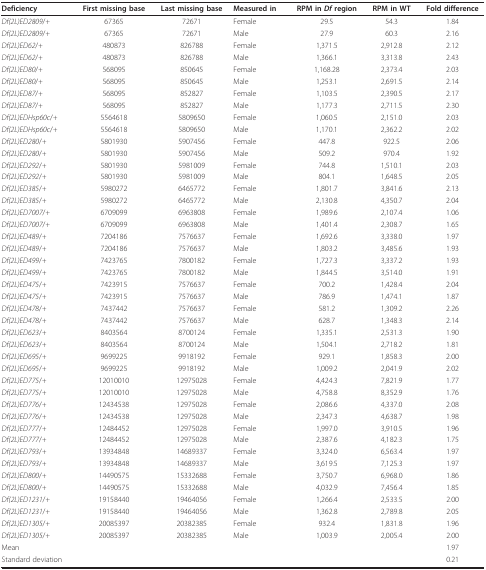
<table><thead><tr><td><b>Deficiency</b></td><td><b>First missing base</b></td><td><b>Last missing base</b></td><td><b>Measured in</b></td><td><b>RPM in <i>Df </i>region</b></td><td><b>RPM in WT</b></td><td><b>Fold difference</b></td></tr></thead><tbody><tr><td><i>Df(2L)ED2809</i>/<i>+</i></td><td>67365</td><td>72671</td><td>Female</td><td>29.5</td><td>54.3</td><td>1.84</td></tr><tr><td><i>Df(2L)ED2809</i>/<i>+</i></td><td>67365</td><td>72671</td><td>Male</td><td>27.9</td><td>60.3</td><td>2.16</td></tr><tr><td><i>Df(2L)ED62</i>/<i>+ </i></td><td>480873</td><td>826788</td><td>Female</td><td>1,371.5</td><td>2,912.8</td><td>2.12</td></tr><tr><td><i>Df(2L)ED62</i>/<i>+ </i></td><td>480873</td><td>826788</td><td>Male</td><td>1,366.1</td><td>3,313.8</td><td>2.43</td></tr><tr><td><i>Df(2L)ED80</i>/<i>+</i></td><td>568095</td><td>850645</td><td>Female</td><td>1,168.28</td><td>2,373.4</td><td>2.03</td></tr><tr><td><i>Df(2L)ED80</i>/<i>+</i></td><td>568095</td><td>850645</td><td>Male</td><td>1,253.1</td><td>2,691.5</td><td>2.14</td></tr><tr><td><i>Df(2L)ED87</i>/<i>+ </i></td><td>568095</td><td>852827</td><td>Female</td><td>1,103.5</td><td>2,390.5</td><td>2.17</td></tr><tr><td><i>Df(2L)ED87</i>/<i>+ </i></td><td>568095</td><td>852827</td><td>Male</td><td>1,177.3</td><td>2,711.5</td><td>2.30</td></tr><tr><td><i>Df(2L)EDHsp60c</i>/<i>+ </i></td><td>5564618</td><td>5809650</td><td>Female</td><td>1,060.5</td><td>2,151.0</td><td>2.03</td></tr><tr><td><i>Df(2L)EDHsp60c</i>/<i>+ </i></td><td>5564618</td><td>5809650</td><td>Male</td><td>1,170.1</td><td>2,362.2</td><td>2.02</td></tr><tr><td><i>Df(2L)ED280</i>/<i>+ </i></td><td>5801930</td><td>5907456</td><td>Female</td><td>447.8</td><td>922.5</td><td>2.06</td></tr><tr><td><i>Df(2L)ED280</i>/<i>+ </i></td><td>5801930</td><td>5907456</td><td>Male</td><td>509.2</td><td>970.4</td><td>1.92</td></tr><tr><td><i>Df(2L)ED292</i>/<i>+</i></td><td>5801930</td><td>5981009</td><td>Female</td><td>744.8</td><td>1,510.1</td><td>2.03</td></tr><tr><td><i>Df(2L)ED292</i>/<i>+</i></td><td>5801930</td><td>5981009</td><td>Male</td><td>804.1</td><td>1,648.5</td><td>2.05</td></tr><tr><td><i>Df(2L)ED385</i>/<i>+ </i></td><td>5980272</td><td>6465772</td><td>Female</td><td>1,801.7</td><td>3,841.6</td><td>2.13</td></tr><tr><td><i>Df(2L)ED385</i>/<i>+ </i></td><td>5980272</td><td>6465772</td><td>Male</td><td>2,130.8</td><td>4,350.7</td><td>2.04</td></tr><tr><td><i>Df(2L)ED7007</i>/<i>+</i></td><td>6709099</td><td>6963808</td><td>Female</td><td>1,989.6</td><td>2,107.4</td><td>1.06</td></tr><tr><td><i>Df(2L)ED7007</i>/<i>+</i></td><td>6709099</td><td>6963808</td><td>Male</td><td>1,401.4</td><td>2,308.7</td><td>1.65</td></tr><tr><td><i>Df(2L)ED489</i>/<i>+</i></td><td>7204186</td><td>7576637</td><td>Female</td><td>1,692.6</td><td>3,338.0</td><td>1.97</td></tr><tr><td><i>Df(2L)ED489</i>/<i>+</i></td><td>7204186</td><td>7576637</td><td>Male</td><td>1,803.2</td><td>3,485.6</td><td>1.93</td></tr><tr><td><i>Df(2L)ED499</i>/<i>+ </i></td><td>7423765</td><td>7800182</td><td>Female</td><td>1,727.3</td><td>3,337.2</td><td>1.93</td></tr><tr><td><i>Df(2L)ED499</i>/<i>+ </i></td><td>7423765</td><td>7800182</td><td>Male</td><td>1,844.5</td><td>3,514.0</td><td>1.91</td></tr><tr><td><i>Df(2L)ED475</i>/<i>+ </i></td><td>7423915</td><td>7576637</td><td>Female</td><td>700.2</td><td>1,428.4</td><td>2.04</td></tr><tr><td><i>Df(2L)ED475</i>/<i>+ </i></td><td>7423915</td><td>7576637</td><td>Male</td><td>786.9</td><td>1,474.1</td><td>1.87</td></tr><tr><td><i>Df(2L)ED478</i>/<i>+ </i></td><td>7437442</td><td>7576637</td><td>Female</td><td>581.2</td><td>1,309.2</td><td>2.26</td></tr><tr><td><i>Df(2L)ED478</i>/<i>+ </i></td><td>7437442</td><td>7576637</td><td>Male</td><td>628.7</td><td>1,348.3</td><td>2.14</td></tr><tr><td><i>Df(2L)ED623</i>/<i>+ </i></td><td>8403564</td><td>8700124</td><td>Female</td><td>1,335.1</td><td>2,531.3</td><td>1.90</td></tr><tr><td><i>Df(2L)ED623</i>/<i>+ </i></td><td>8403564</td><td>8700124</td><td>Male</td><td>1,504.1</td><td>2,718.2</td><td>1.81</td></tr><tr><td><i>Df(2L)ED695</i>/<i>+</i></td><td>9699225</td><td>9918192</td><td>Female</td><td>929.1</td><td>1,858.3</td><td>2.00</td></tr><tr><td><i>Df(2L)ED695</i>/<i>+</i></td><td>9699225</td><td>9918192</td><td>Male</td><td>1,009.2</td><td>2,041.9</td><td>2.02</td></tr><tr><td><i>Df(2L)ED775</i>/<i>+ </i></td><td>12010010</td><td>12975028</td><td>Female</td><td>4,424.3</td><td>7,821.9</td><td>1.77</td></tr><tr><td><i>Df(2L)ED775</i>/<i>+ </i></td><td>12010010</td><td>12975028</td><td>Male</td><td>4,758.8</td><td>8,352.9</td><td>1.76</td></tr><tr><td><i>Df(2L)ED776</i>/<i>+ </i></td><td>12434538</td><td>12975028</td><td>Female</td><td>2,086.6</td><td>4,337.0</td><td>2.08</td></tr><tr><td><i>Df(2L)ED776</i>/<i>+ </i></td><td>12434538</td><td>12975028</td><td>Male</td><td>2,347.3</td><td>4,638.7</td><td>1.98</td></tr><tr><td><i>Df(2L)ED777</i>/<i>+ </i></td><td>12484452</td><td>12975028</td><td>Female</td><td>1,997.0</td><td>3,910.5</td><td>1.96</td></tr><tr><td><i>Df(2L)ED777</i>/<i>+ </i></td><td>12484452</td><td>12975028</td><td>Male</td><td>2,387.6</td><td>4,182.3</td><td>1.75</td></tr><tr><td><i>Df(2L)ED793</i>/<i>+</i></td><td>13934848</td><td>14689337</td><td>Female</td><td>3,324.0</td><td>6,563.4</td><td>1.97</td></tr><tr><td><i>Df(2L)ED793</i>/<i>+</i></td><td>13934848</td><td>14689337</td><td>Male</td><td>3,619.5</td><td>7,125.3</td><td>1.97</td></tr><tr><td><i>Df(2L)ED800</i>/<i>+</i></td><td>14490575</td><td>15332688</td><td>Female</td><td>3,750.7</td><td>6,968.0</td><td>1.86</td></tr><tr><td><i>Df(2L)ED800</i>/<i>+</i></td><td>14490575</td><td>15332688</td><td>Male</td><td>4,032.9</td><td>7,456.4</td><td>1.85</td></tr><tr><td><i>Df(2L)ED1231</i>/<i>+ </i></td><td>19158440</td><td>19464056</td><td>Female</td><td>1,266.4</td><td>2,533.5</td><td>2.00</td></tr><tr><td><i>Df(2L)ED1231</i>/<i>+ </i></td><td>19158440</td><td>19464056</td><td>Male</td><td>1,362.8</td><td>2,789.8</td><td>2.05</td></tr><tr><td><i>Df(2L)ED1305</i>/<i>+ </i></td><td>20085397</td><td>20382385</td><td>Female</td><td>932.4</td><td>1,831.8</td><td>1.96</td></tr><tr><td><i>Df(2L)ED1305</i>/<i>+ </i></td><td>20085397</td><td>20382385</td><td>Male</td><td>1,003.9</td><td>2,005.4</td><td>2.00</td></tr><tr><td>Mean</td><td></td><td></td><td></td><td></td><td></td><td>1.97</td></tr><tr><td>Standard deviation</td><td></td><td></td><td></td><td></td><td></td><td>0.21</td></tr></tbody></table>